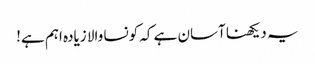
یہ دیکھنا آسان ہے کہ کونسا والا زیادہ اہم ہے!